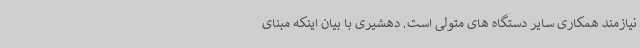
نیازمند همکاری سایر دستگاه های متولی است. دهشیری با بیان اینکه مبنای